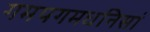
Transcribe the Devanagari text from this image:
गमपगमधनिसां